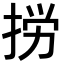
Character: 𢭐